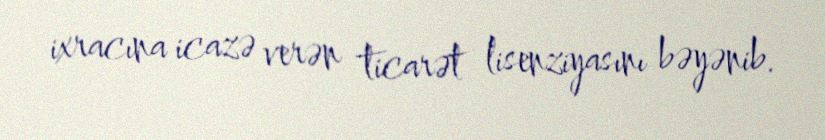
ixracına icazə verən ticarət lisenziyasını bəyənib.